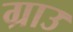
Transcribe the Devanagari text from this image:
ग्राउ